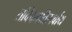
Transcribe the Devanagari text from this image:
तदिदमतिसर्वाय